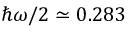
\hbar \omega / 2 \simeq 0 . 2 8 3